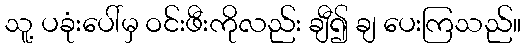
သူ့ ပခုံးပေါ်မှ ဝင်းဖီးကိုလည်း ချီ၍ ချ ပေးကြသည်။